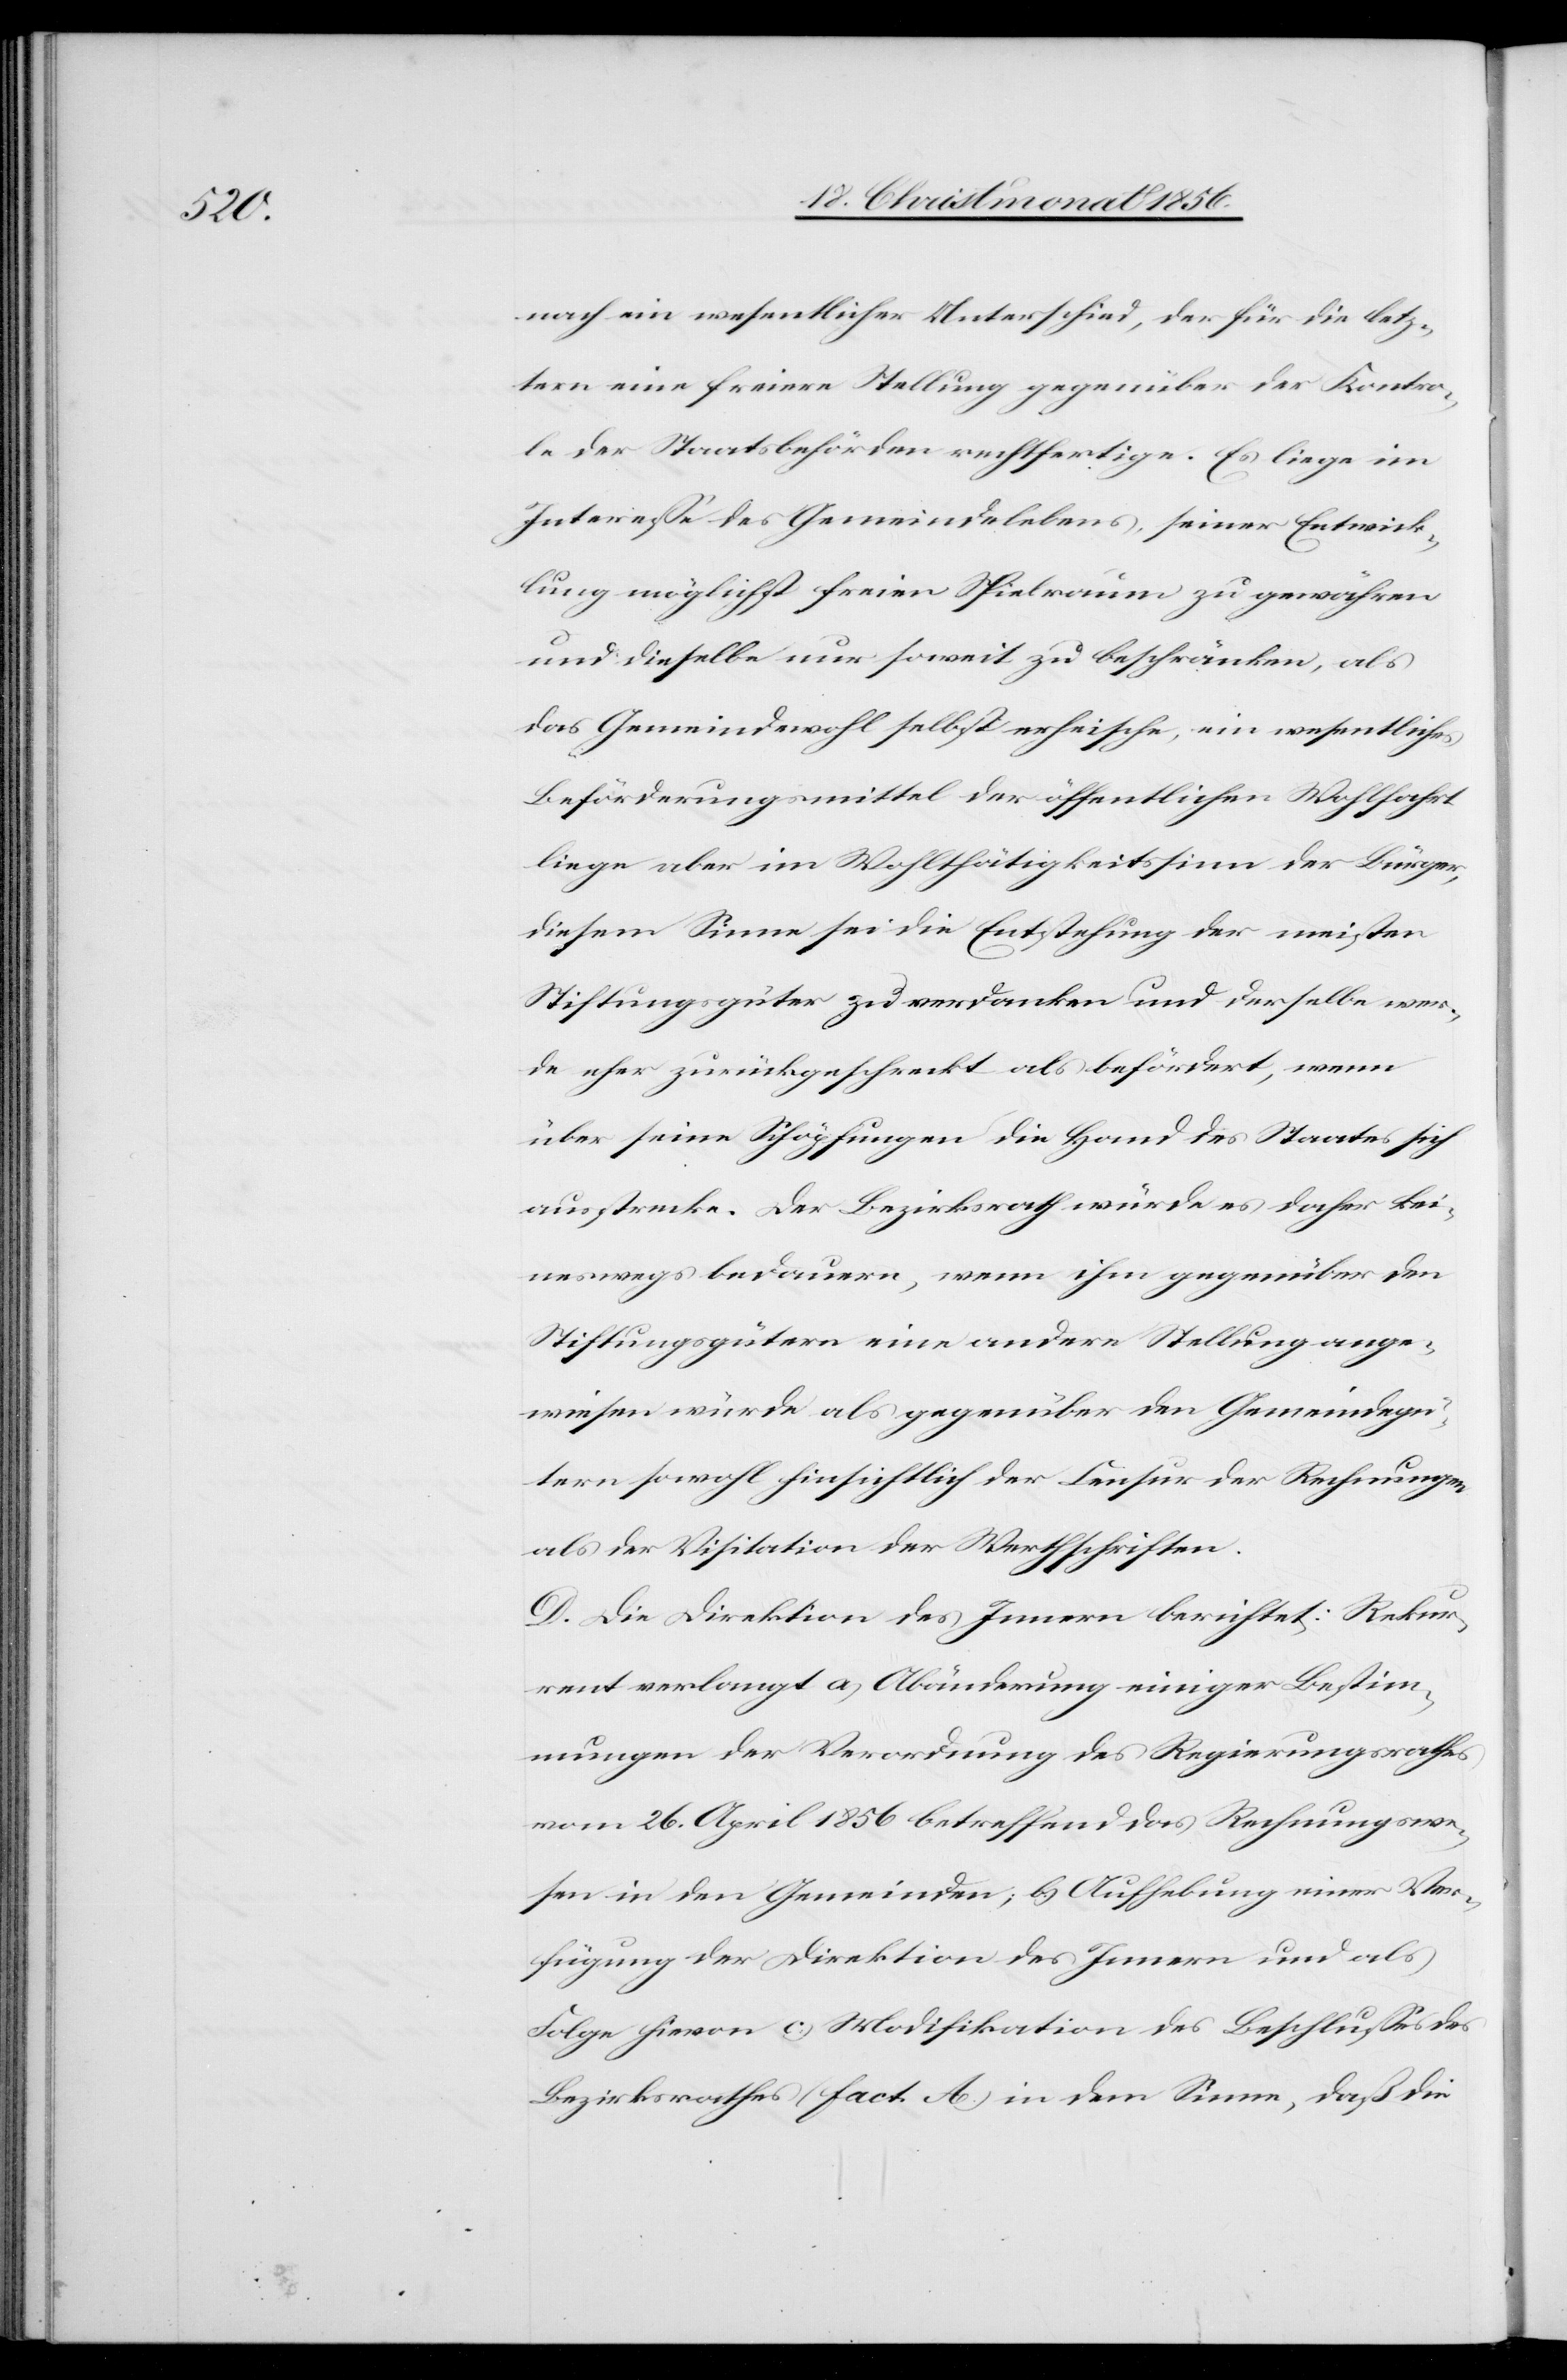
nach ein wesentlicher Unterschied, der für die letz¬
tern eine freiere Stellung gegenüber der Kontro¬
le der Staatsbehörden rechtfertige. Es liege im
Interesse des Gemeindelebens, seiner Entwick¬
lung möglichst freien Spielraum zu gewähren
und dieselbe nur soweit zu beschränken, als
das Gemeindewohl selbst erheische, ein wesentliches
Beförderungsmittel der öffentlichen Wohlfahrt
liege aber im Wohlthätigkeitssinn der Bürger,
diesem Sinne sei die Entstehung der meisten
Stiftungsgüter zu verdanken und derselbe wer¬
de eher zurückgeschreckt als befördert, wenn
über seine Schöpfungen die Hand des Staates sich
ausstrecke. Der Bezirksrath würde es daher kei¬
neswegs bedauern, wenn ihm gegenüber den
Stiftungsgütern eine andere Stellung ange¬
wiesen würde als gegenüber den Gemeindegü¬
tern sowohl hinsichtlich der Censur der Rechnungen
als der Visitation der Werthschriften.
D. Die Direktion des Innern berichtet: Rekur¬
rent verlangt a) Abänderung einiger Bestim¬
mungen der Verordnung des Regierungsrathes
vom 26. April 1856 betreffend das Rechnungswe¬
sen in den Gemeinden; b) Aufhebung einer Ver¬
fügung der Direktion des Innern und als
Folge hievon c) Modifikation des Beschlusses des
Bezirksrathes (fact. A.) in dem Sinne, daß die